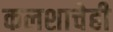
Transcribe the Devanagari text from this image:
कलशाचेही